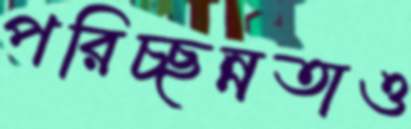
পরিচ্ছন্নতাও